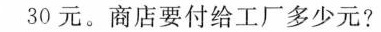
30元。商店要付给工厂多少元?